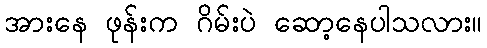
အားနေ ဖုန်းက ဂိမ်းပဲ ဆော့နေပါသလား။